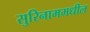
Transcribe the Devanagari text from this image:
सुरिनाममधील